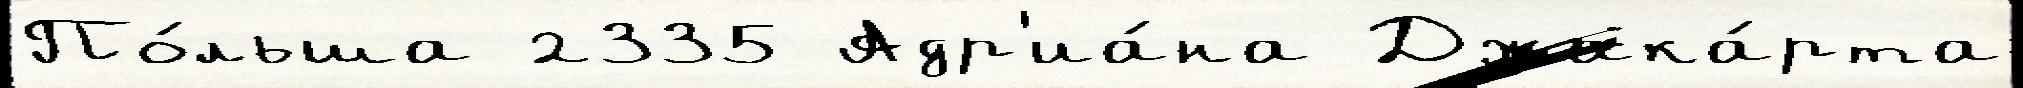
По́льша 2335 Адр'иа́на Джака́рта